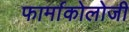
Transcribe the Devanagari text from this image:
फार्माकोलोजी